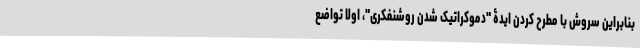
بنابراین سروش با مطرح کردن ایدۀ "دموکراتیک شدن روشنفکری"، اولا تواضع